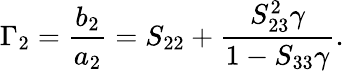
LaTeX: \Gamma_{2}=\frac{b_{2}}{a_{2}}=S_{22}+\frac{S_{23}^{2}\gamma}{1-S_{33}\gamma}.